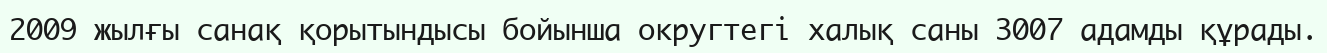
2009 жылғы санақ қорытындысы бойынша округтегі халық саны 3007 адамды құрады.